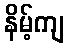
နိမ့်ကျ